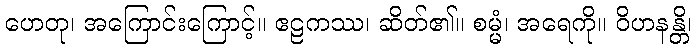
ဟေတု၊ အကြောင်းကြောင့်။ ဧဠကဿ၊ ဆိတ်၏။ စမ္မံ၊ အရေကို။ ဝိဟနန္တိ၊